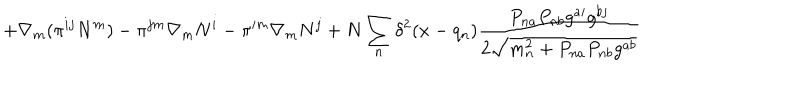
+ \nabla _ { m } ( \pi ^ { i j } N ^ { m } ) - \pi ^ { j m } \nabla _ { m } N ^ { i } - \pi ^ { i m } \nabla _ { m } N ^ { j } + N \sum _ { n } \delta ^ { 2 } ( x - q _ { n } ) \frac { P _ { n a } P _ { n b } g ^ { a i } g ^ { b j } } { 2 \sqrt { m _ { n } ^ { 2 } + P _ { n a } P _ { n b } g ^ { a b } } }